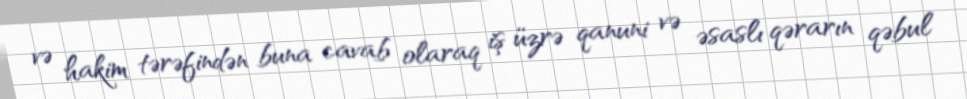
və hakim tərəfindən buna cavab olaraq iş üzrə qanuni və əsaslı qərarın qəbul